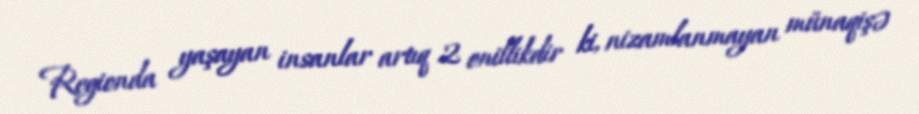
Regionda yaşayan insanlar artıq 2 onillikdir ki, nizamlanmayan münaqişə